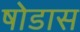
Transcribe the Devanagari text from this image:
षोडास